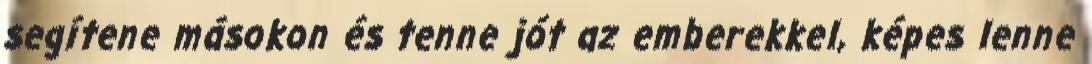
segítene másokon és tenne jót az emberekkel, képes lenne